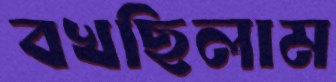
বখছিলাম